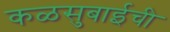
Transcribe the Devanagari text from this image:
कळसुबाईची